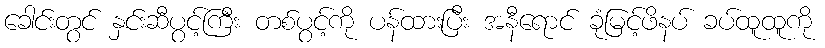
ခေါင်းတွင် နှင်းဆီပွင့်ကြီး တစ်ပွင့်ကို ပန်ထားပြီး အနီရောင် ခုံမြင့်ဖိနပ် ခပ်ထူထူကို